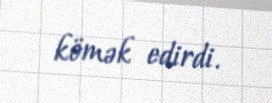
kömək edirdi.